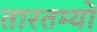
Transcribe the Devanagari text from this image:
तारतम्यों